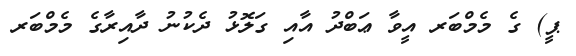
ޕީ) ގެ މެމްބަރ އީވާ ޢަބްދު އާއި ގަލޮޅު ދެކުނު ދާއިރާގެ މެމްބަރ